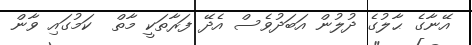
އޭނާގެ ޙާލުގެ ދުލުން އަބަދުވެސް އެދޭ ފަރާތަކީ މާތް  ކަމުގައި ވާން